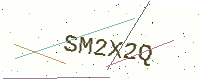
Text: SM2X2Q